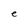
Character: e